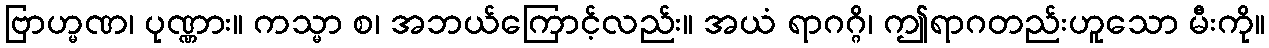
ဗြာဟ္မဏ၊ ပုဏ္ဏား။ ကသ္မာ စ၊ အဘယ်ကြောင့်လည်း။ အယံ ရာဂဂ္ဂိ၊ ဤရာဂတည်းဟူသော မီးကို။